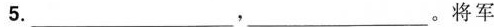
5.___，___。将军